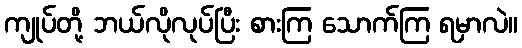
ကျုပ်တို့ ဘယ်လိုလုပ်ပြီး စားကြ သောက်ကြ ရမှာလဲ။